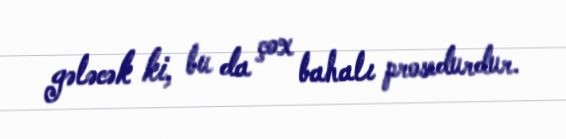
gələcək ki, bu da çox bahalı prosedurdur.